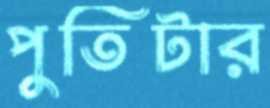
পুতিটার